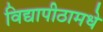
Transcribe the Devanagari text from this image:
विद्यापीठामधे